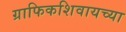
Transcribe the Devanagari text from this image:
ग्राफिकशिवायच्या